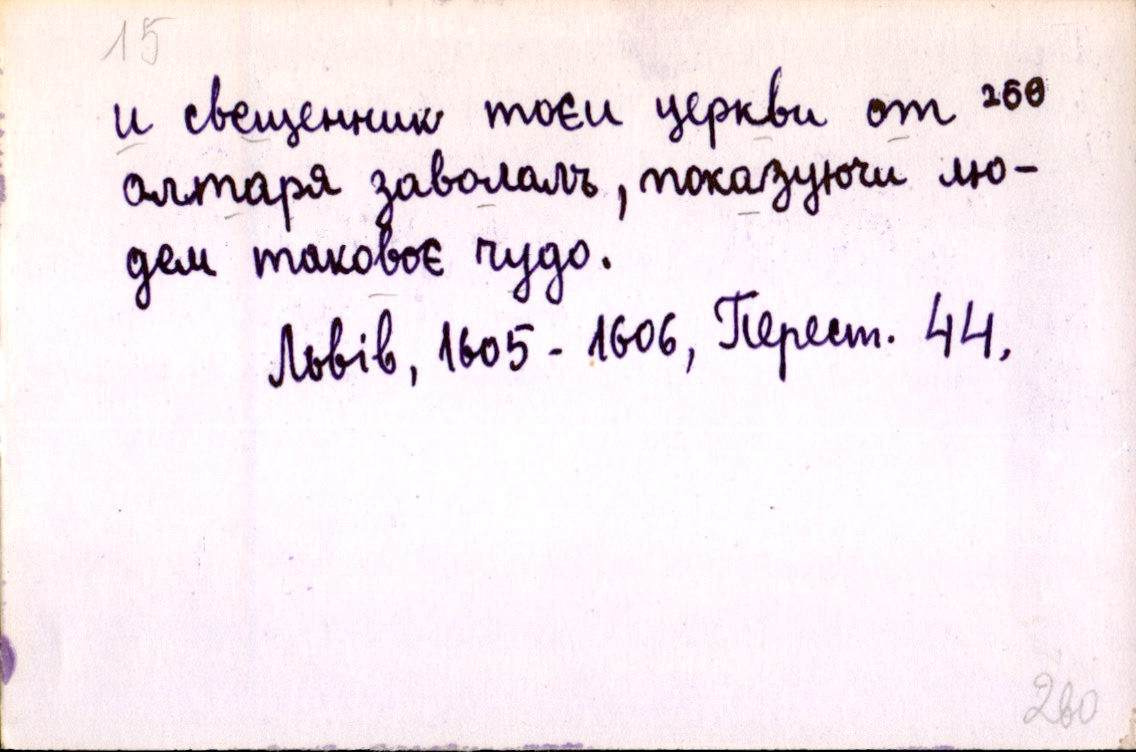
и свещенник тоєи церкви от
олтаря заволалъ, показуючи лю-
дем таковоє чудо.
Львів, 1605 - 1606, Перест. 44.